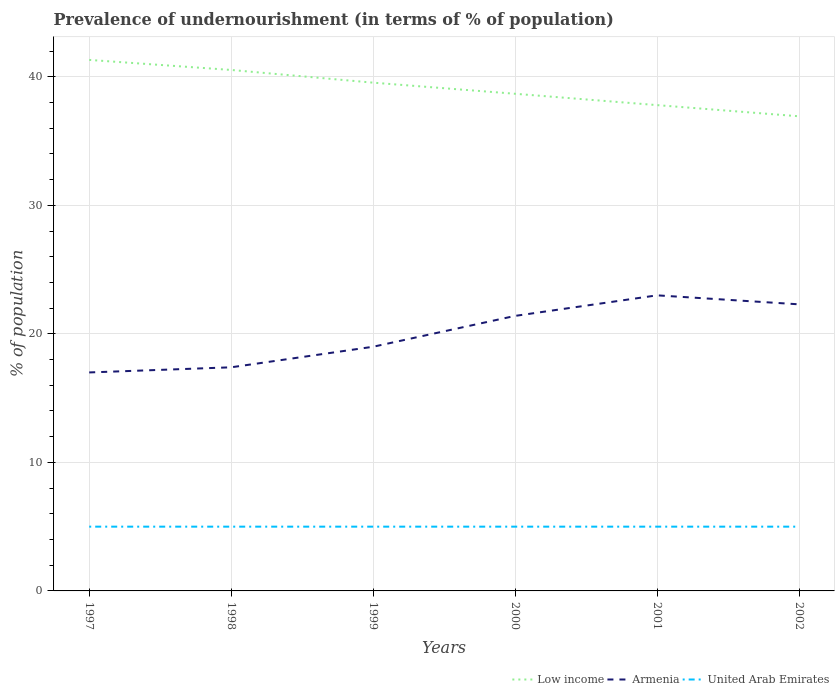
| Years | Low income | Armenia | United Arab Emirates |
 | --- | --- | --- | --- |
 | 1997 | 41.3 | 17 | 5 |
 | 1998 | 40.5 | 17.4 | 5 |
 | 1999 | 39.5 | 19 | 5 |
 | 2000 | 38.7 | 21.4 | 5 |
 | 2001 | 37.8 | 23 | 5 |
 | 2002 | 36.9 | 22.3 | 5 |